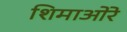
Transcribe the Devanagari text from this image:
शिमाओरे